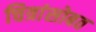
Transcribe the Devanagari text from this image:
चित्रांसोबत